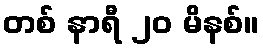
တစ် နာရီ ၂၀ မိနစ်။